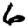
Digit: 6